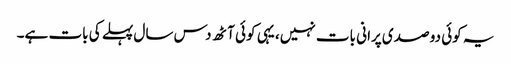
یہ کوئی دو صدی پرانی بات نہیں، یہی کوئی آٹھ دس سال پہلے کی بات ہے۔